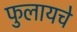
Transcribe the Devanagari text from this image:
फुलायचे